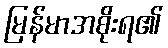
မြန်မာအစိုးရ၏